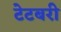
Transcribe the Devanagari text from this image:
टेटबरी